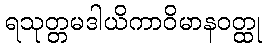
ရသုတ္တမဒါယိကာဝိမာနဝတ္ထု